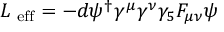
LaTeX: { \cal L } _ { \mathrm { \scriptsize ~ e f f } } = - d \psi ^ { \dagger } \gamma ^ { \mu } \gamma ^ { \nu } \gamma _ { 5 } F _ { \mu \nu } \psi